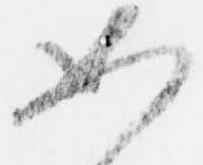
如